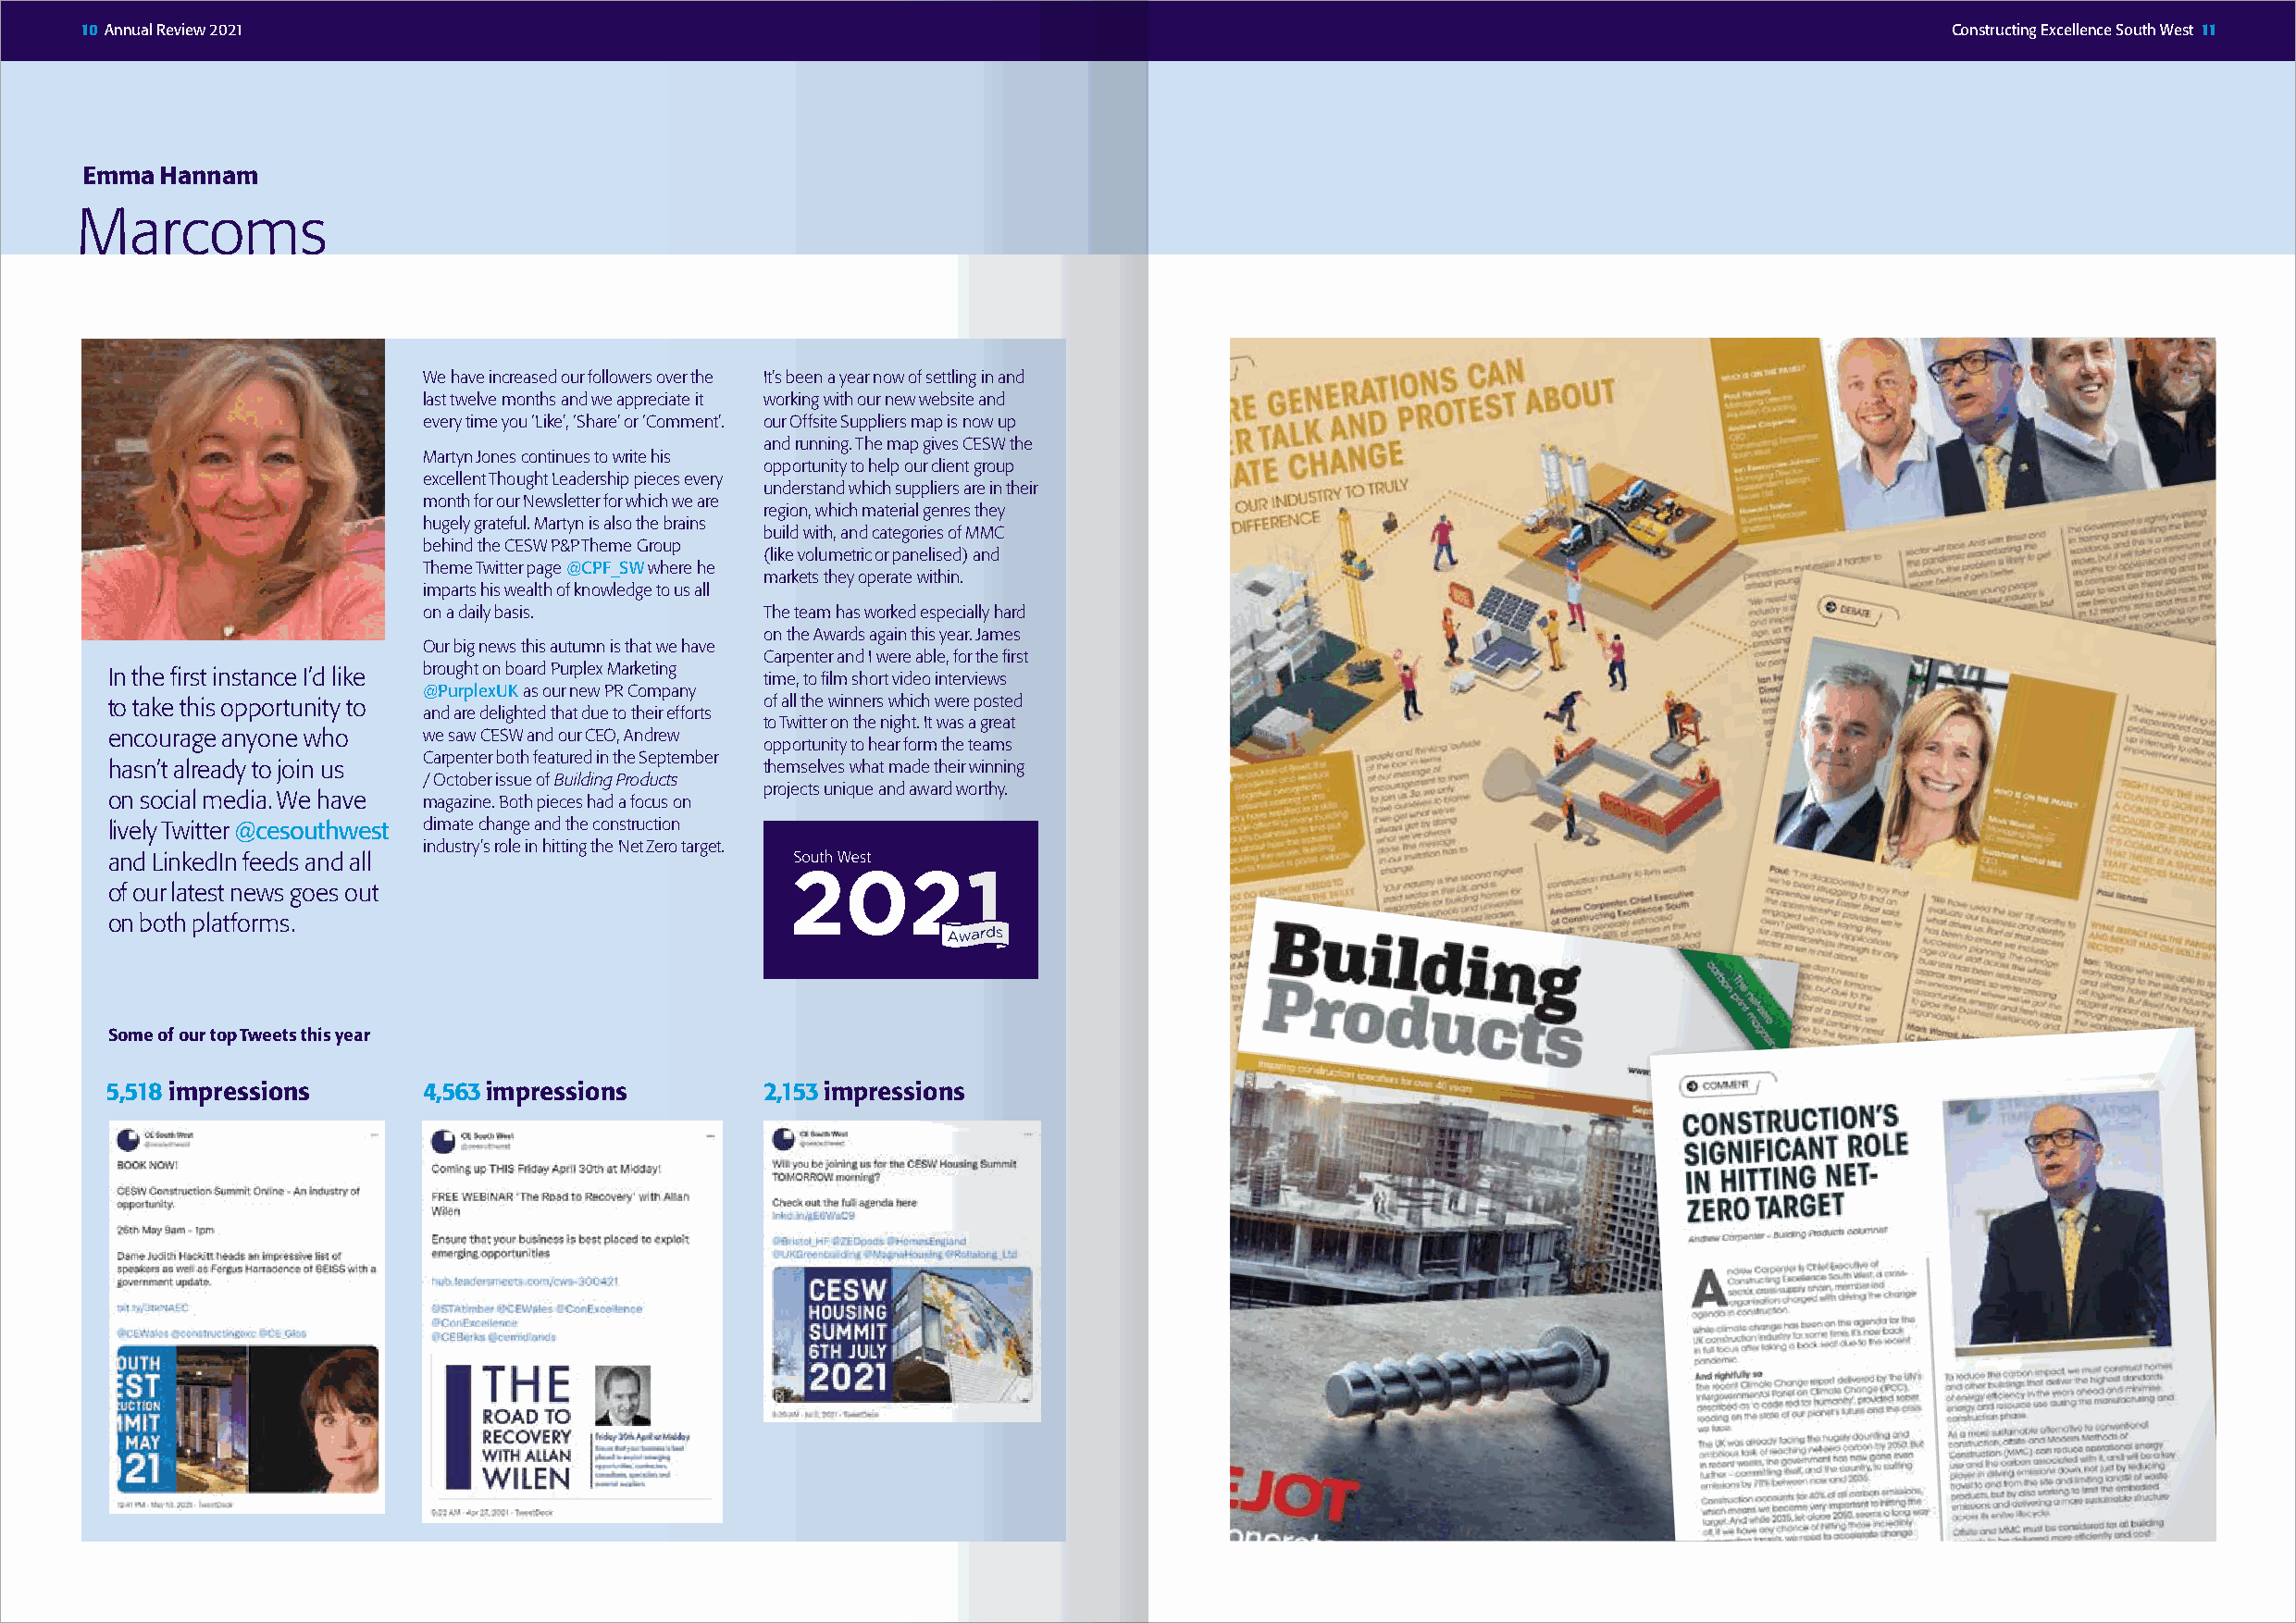
10 Annual Review 2021                                                                                                                 Constructing Excellence South West 11
 Emma Hannam
 Marcoms
 We have increased our followers over the It’s been a year now of settling in and
 last twelve months and we appreciate it working with our new website and
 every time you ‘Like’, ‘Share’ or ‘Comment’. our Offsite Suppliers map is now up
 and running. The map gives CESW the
 Martyn Jones continues to write his
 opportunity to help our client group
 excellent Thought Leadership pieces every
 understand which suppliers are in their
 month for our Newsletter for which we are
 region, which material genres they
 hugely grateful. Martyn is also the brains
 build with, and categories of MMC
 behind the CESW P&P Theme Group
 (like volumetric or panelised) and
 Theme Twitter page @CPF_SW where he
 markets they operate within.
 imparts his wealth of knowledge to us all
 on a daily basis.        The team has worked especially hard
 on the Awards again this year. James
 Our big news this autumn is that we have
 Carpenter and I were able, for the first
 In the first instance I’d like brought on board Purplex Marketing time, to film short video interviews
 @PurplexUK as our new PR Company
 to take this opportunity to                    of all the winners which were posted
 and are delighted that due to their efforts
 to Twitter on the night. It was a great
 encourage anyone who  we saw CESW and our CEO, Andrew
 opportunity to hear form the teams
 Carpenter both featured in the September
 hasn’t already to join us                      themselves what made their winning
 / October issue of Building Products
 projects unique and award worthy.
 on social media. We have magazine. Both pieces had a focus on
 lively Twitter @cesouthwest climate change and the construction
 industry’s role in hitting the Net Zero target.
 and LinkedIn feeds and all
 of our latest news goes out
 on both platforms.
 Some of our top Tweets this year
 5,518 impressions     4,563 impressions        2,153 impressions